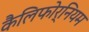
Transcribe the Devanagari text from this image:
कैलिफोर्नियम